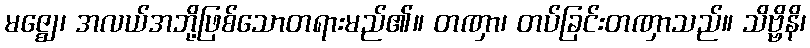
မဇ္ဈေ၊ အလယ်အဘို့ဖြစ်သောတရားမည်၏။ တဏှာ၊ တပ်ခြင်းတဏှာသည်။ သိဗ္ဗိနိ၊